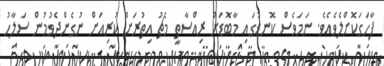
ފާހަގަކޮށްލެވެއެވެ. ނަމަވެސް ކޮނޑުގައި މާބޮޑަށް ރިއްސާތީ މެޗު އިތުރަށް ކުރިއަށް ނުގެންދެވުމުން ސަލާހު